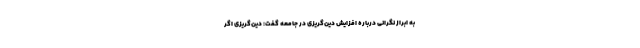
به ابراز نگرانی درباره افزایش دین‌گریزی در جامعه گفت: دین‌گریزی اگر